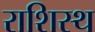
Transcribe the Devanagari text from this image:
राशिस्थ